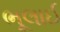
ભૂલાઈ